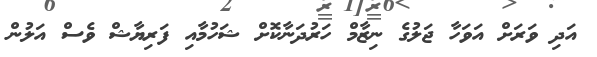
އަދި ވަރަށް އަވަހާ ޖަލުގެ ނިޒާމް ހަރުދަނާކޮށް ޝަހުމާއި ފަރިޔާޝް ވެސް އަލުން